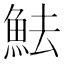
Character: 魼